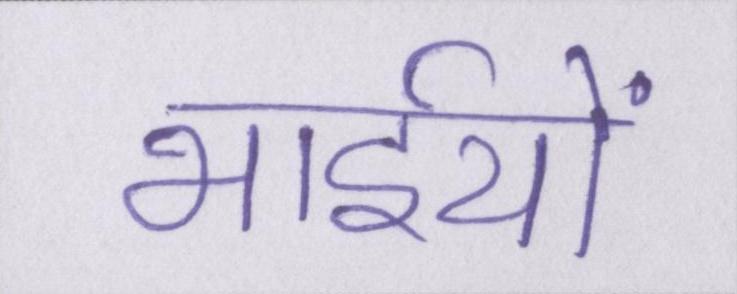
भाईयों